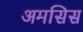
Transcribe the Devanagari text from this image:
अमसिस